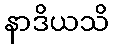
နာဒိယသိ